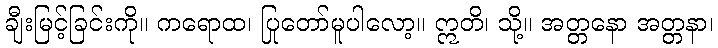
ချီးမြင့်ခြင်းကို။ ကရောထ၊ ပြုတော်မူပါလော့။ ဣတိ၊ သို့။ အတ္တနော အတ္တနာ၊